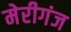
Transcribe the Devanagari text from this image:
मेरीगंज